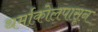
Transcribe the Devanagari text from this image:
थर्माकोलपासून